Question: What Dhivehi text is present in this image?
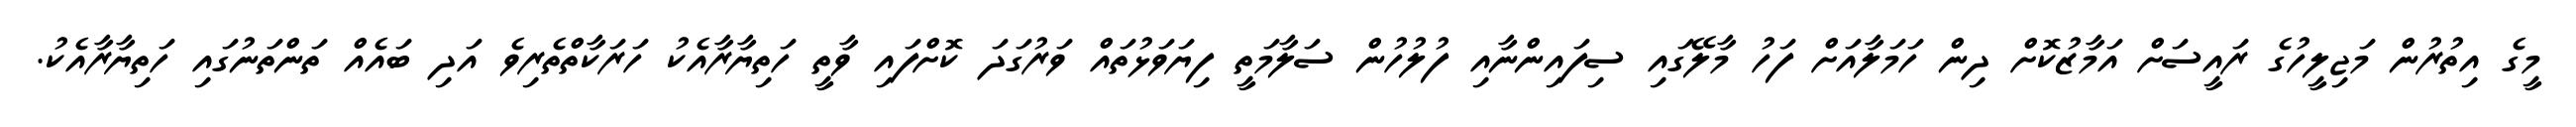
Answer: މީގެ އިތުރުން މަޖިލީހުގެ ރައީސަށް އަމާޒުކޮށް ދިން ހަމަލާއަށް ފަހު މާލޭގައި ސިފައިންނާއި ފުލުހުން ސަލާމަތީ ފިޔަވަޅުތައް ވަރުގަދަ ކޮށްފައި ވާތީ ހަތިޔާރާއެކު ހަރަކާތްތެރިވެ އަދި ބައެއް ތަންތަނުގައި ހަތިޔާރާއެކު.